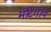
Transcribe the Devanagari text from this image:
मोटेगाव